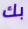
بك